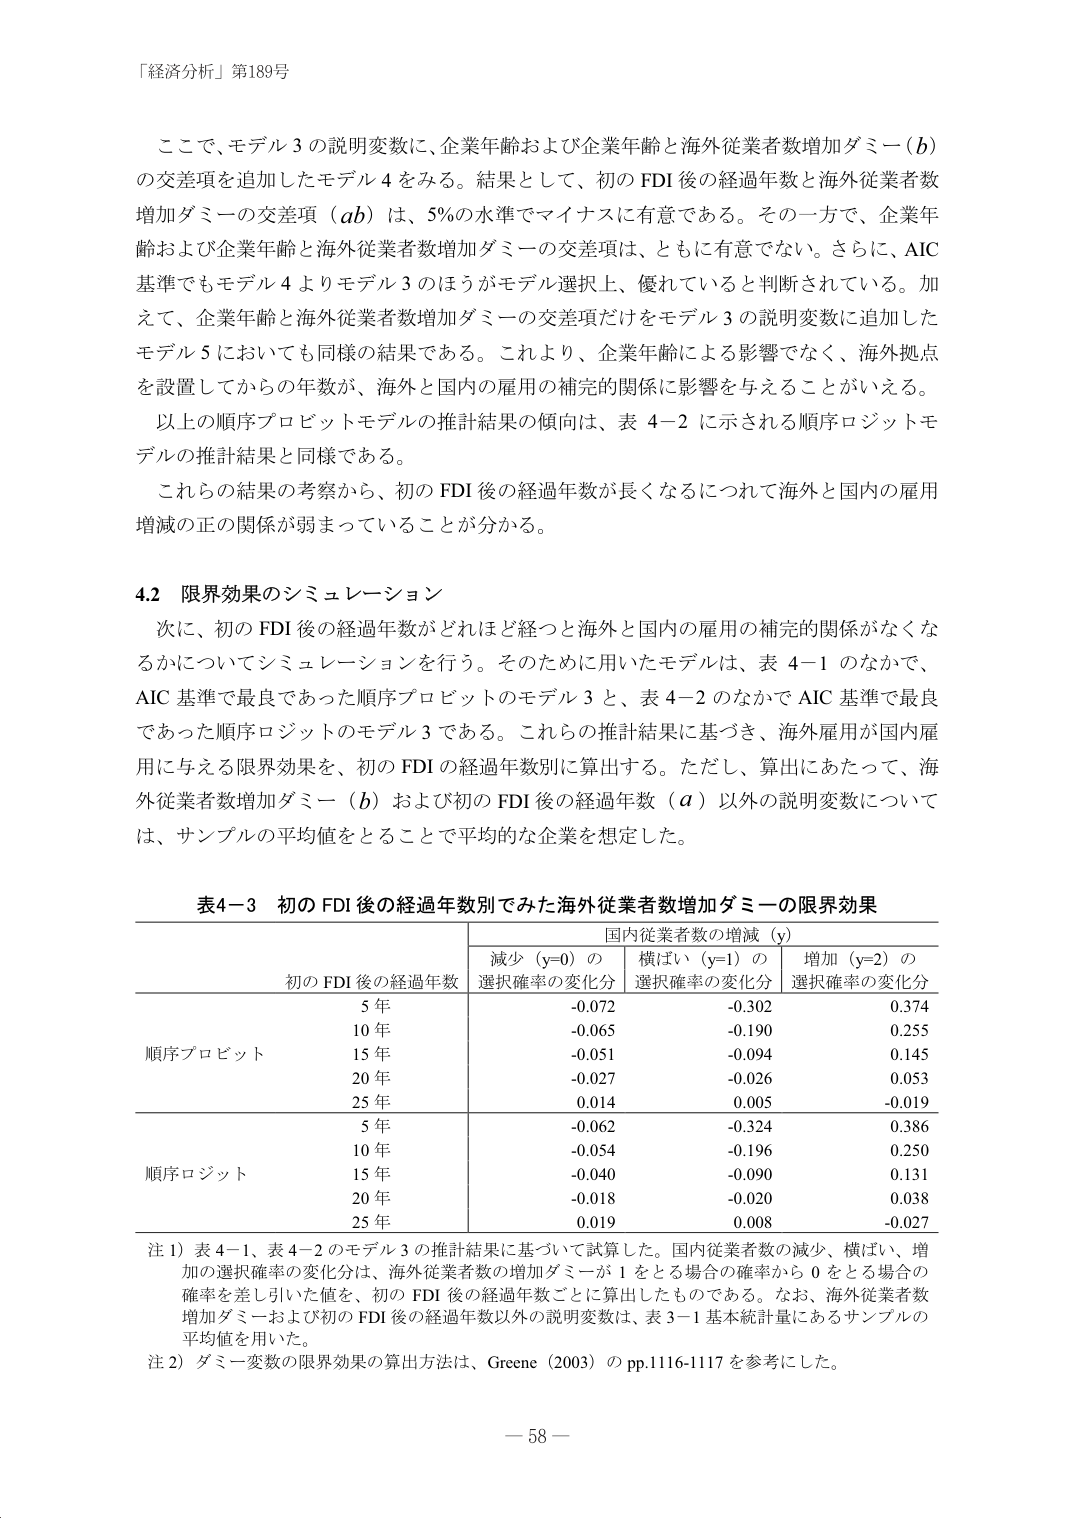
「経済分析」第189号

ここで、モデル３の説明変数に、企業年齢および企業年齢と海外従業者数増加ダミー（ｂ）の交差項を追加したモデル４をみる。結果として、初のFDI後の経過年数と海外従業者数増加ダミーの交差項（ａｂ）は、5％の水準でマイナスに有意である。その一方で、企業年齢および企業年齢と海外従業者数増加ダミーの交差項は、ともに有意でない。さらに、AIC基準でもモデル４よりモデル３のほうがモデル選択上、優れていると判断されている。加えて、企業年齢と海外従業者数増加ダミーの交差項だけをモデル３の説明変数に追加したモデル５においても同様の結果である。これより、企業年齢による影響でなく、海外拠点を設置してからの年数が、海外と国内の雇用の補完的関係に影響を与えることがいえる。

以上の順序プロビットモデルの推計結果の傾向は、表４－２に示される順序ロジットモデルの推計結果と同様である。

これらの結果の考察から、初のFDI後の経過年数が長くなるにつれて海外と国内の雇用増減の正の関係が弱まっていることが分かる。

4.2 限界効果のシミュレーション

次に、初のFDI後の経過年数がどれほど経つと海外と国内の雇用の補完的関係がなくなるかについてシミュレーションを行う。そのため用いたモデルは、表４－１のなかで、AIC基準で最良であった順序プロビットのモデル３と、表４－２のなかでAIC基準で最良であった順序ロジットのモデル３である。これらの推計結果に基づき、海外雇用が国内雇用に与える限界効果を、初のFDIの経過年数別に算出する。ただし、算出にあたって、海外従業者数増加ダミー（ｂ）および初のFDI後の経過年数（ａ）以外の説明変数については、サンプルの平均値をとることで平均的な企業を想定した。

表4－3 初のFDI後の経過年数別でみた海外従業者数増加ダミーの限界効果

国内従業者数の増減（ｙ）

初のFDI後の経過年数　減少（ｙ＝0）の選択確率の変化分　横ばい（ｙ＝1）の選択確率の変化分　増加（ｙ＝2）の選択確率の変化分

順序プロビット
　5年　　　　　　　　-0.072　　　　　　　　-0.302　　　　　　　　0.374
　10年　　　　　　　　-0.065　　　　　　　　-0.190　　　　　　　　0.255
　15年　　　　　　　　-0.051　　　　　　　　-0.094　　　　　　　　0.145
　20年　　　　　　　　-0.027　　　　　　　　-0.026　　　　　　　　0.053
　25年　　　　　　　　0.014　　　　　　　　0.005　　　　　　　　-0.019

順序ロジット
　5年　　　　　　　　-0.062　　　　　　　　-0.324　　　　　　　　0.386
　10年　　　　　　　　-0.054　　　　　　　　-0.196　　　　　　　　0.250
　15年　　　　　　　　-0.040　　　　　　　　-0.090　　　　　　　　0.131
　20年　　　　　　　　-0.018　　　　　　　　-0.020　　　　　　　　0.038
　25年　　　　　　　　0.019　　　　　　　　0.008　　　　　　　　-0.027

注１）表4－1、表4－2のモデル3の推計結果に基づいて試算した。国内従業者数の減少、横ばい、増加の選択確率の変化分は、海外従業者数の増加ダミーが1をとる場合の確率から0をとる場合の確率を差し引いた値を、初のFDI後の経過年数ごとに算出したものである。なお、海外従業者数増加ダミーおよび初のFDI後の経過年数以外の説明変数は、表3－1基本統計量にあるサンプルの平均値を用いた。

注２）ダミー変数の限界効果の算出方法は、Greene（2003）のpp.1116-1117を参考にした。

－58－